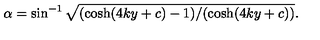
\alpha = \sin ^ { - 1 } \sqrt { ( \cosh ( 4 k y + c ) - 1 ) / ( \cosh ( 4 k y + c ) ) } .